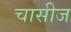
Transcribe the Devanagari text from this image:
चासीज